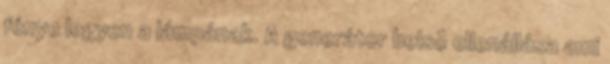
fénye legyen a lámpának. A generátor belsõ ellenállása ami